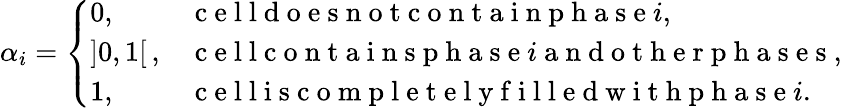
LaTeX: \alpha_{i}=\left\{ \begin{array}{ll}{0,}&{\mathrm{~c~e~l~l~d~o~e~s~n~o~t~c~o~n~t~a~i~n~p~h~a~s~e~}i,}\\ {]0,1[\, ,}&{\mathrm{~c~e~l~l~c~o~n~t~a~i~n~s~p~h~a~s~e~}i\mathrm{~a~n~d~o~t~h~e~r~p~h~a~s~e~s~},}\\ {1,}&{\mathrm{~c~e~l~l~i~s~c~o~m~p~l~e~t~e~l~y~f~i~l~l~e~d~w~i~t~h~p~h~a~s~e~}i.}\end{array}\right.